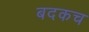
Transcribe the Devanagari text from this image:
बदकच